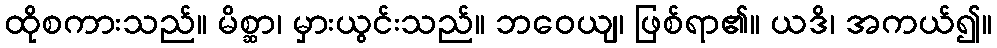
ထိုစကားသည်။ မိစ္ဆာ၊ မှားယွင်းသည်။ ဘဝေယျ၊ ဖြစ်ရာ၏။ ယဒိ၊ အကယ်၍။